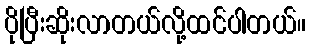
ပိုပြီးဆိုးလာတယ်လို့ထင်ပါတယ်။